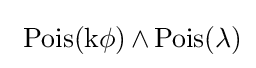
~\operatorname {Pois(k\phi )} \wedge \operatorname {Pois(\lambda )}